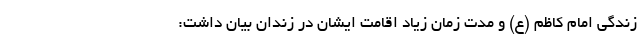
زندگی امام کاظم (ع) و مدت زمان زیاد اقامت ایشان در زندان بیان داشت: